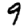
Digit: 9